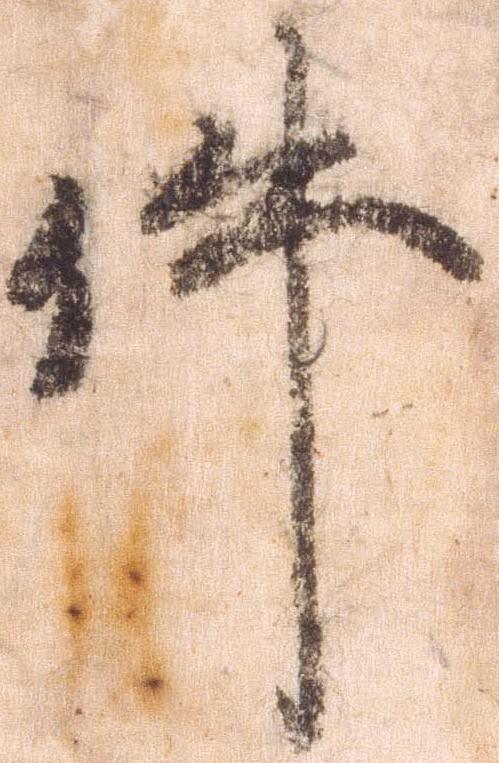
件